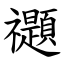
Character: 禵